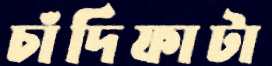
চাঁদিফাটা